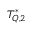
T _ { Q , 2 } ^ { * }